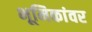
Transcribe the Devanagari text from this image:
भूमिकांवर